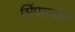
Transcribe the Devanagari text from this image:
शिंपल्यांत